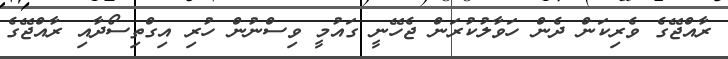
ރާއްޖޭގެ ވެރިކަން ދެން ހަވާލުކުރަން ޖެހޭނީ ގައުމީ ވިސްނުން ހުރި އިގްތިސޯދާއި ރާއްޖޭގެ